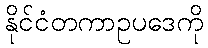
နိုင်ငံတကာဥပဒေကို